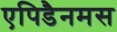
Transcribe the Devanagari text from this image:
एपिडैनमस